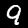
Label: 9